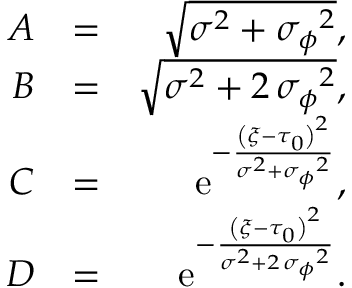
\begin{array} { r l r } { A } & { = } & { \sqrt { { \sigma } ^ { 2 } + { { \sigma _ { \phi } } } ^ { 2 } } , } \\ { B } & { = } & { \sqrt { { \sigma } ^ { 2 } + 2 \, { { \sigma _ { \phi } } } ^ { 2 } } , } \\ { C } & { = } & { { \mathrm { e } ^ { - { \frac { \left( { \xi } - { \tau _ { 0 } } \right) ^ { 2 } } { { \sigma } ^ { 2 } + { { \sigma _ { \phi } } } ^ { 2 } } } } } , } \\ { D } & { = } & { { \mathrm { e } ^ { - { \frac { \left( { \xi } - { \tau _ { 0 } } \right) ^ { 2 } } { { \sigma } ^ { 2 } + 2 \, { { \sigma _ { \phi } } } ^ { 2 } } } } } . } \end{array}